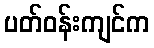
ပတ်ဝန်းကျင်က